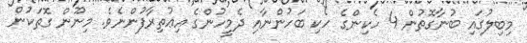
މިބިލުގައި ބުނާގޮތުން 4 ހެކިންގެ ހެކި ބަހުންނާއި ދެމީހުންގެ އިޢުތިރާފުންނެވެ. މިނޫން ގޮތަކުން